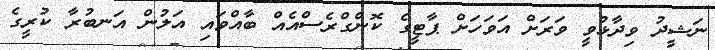
ނަޝީދު ވިދާޅުވީ ވަރަށް އަވަހަށް ޕާޓީގެ ކޮންގްރެސްއެއް ބާއްވައި އަލުން އަނބުރާ ކުރީގެ